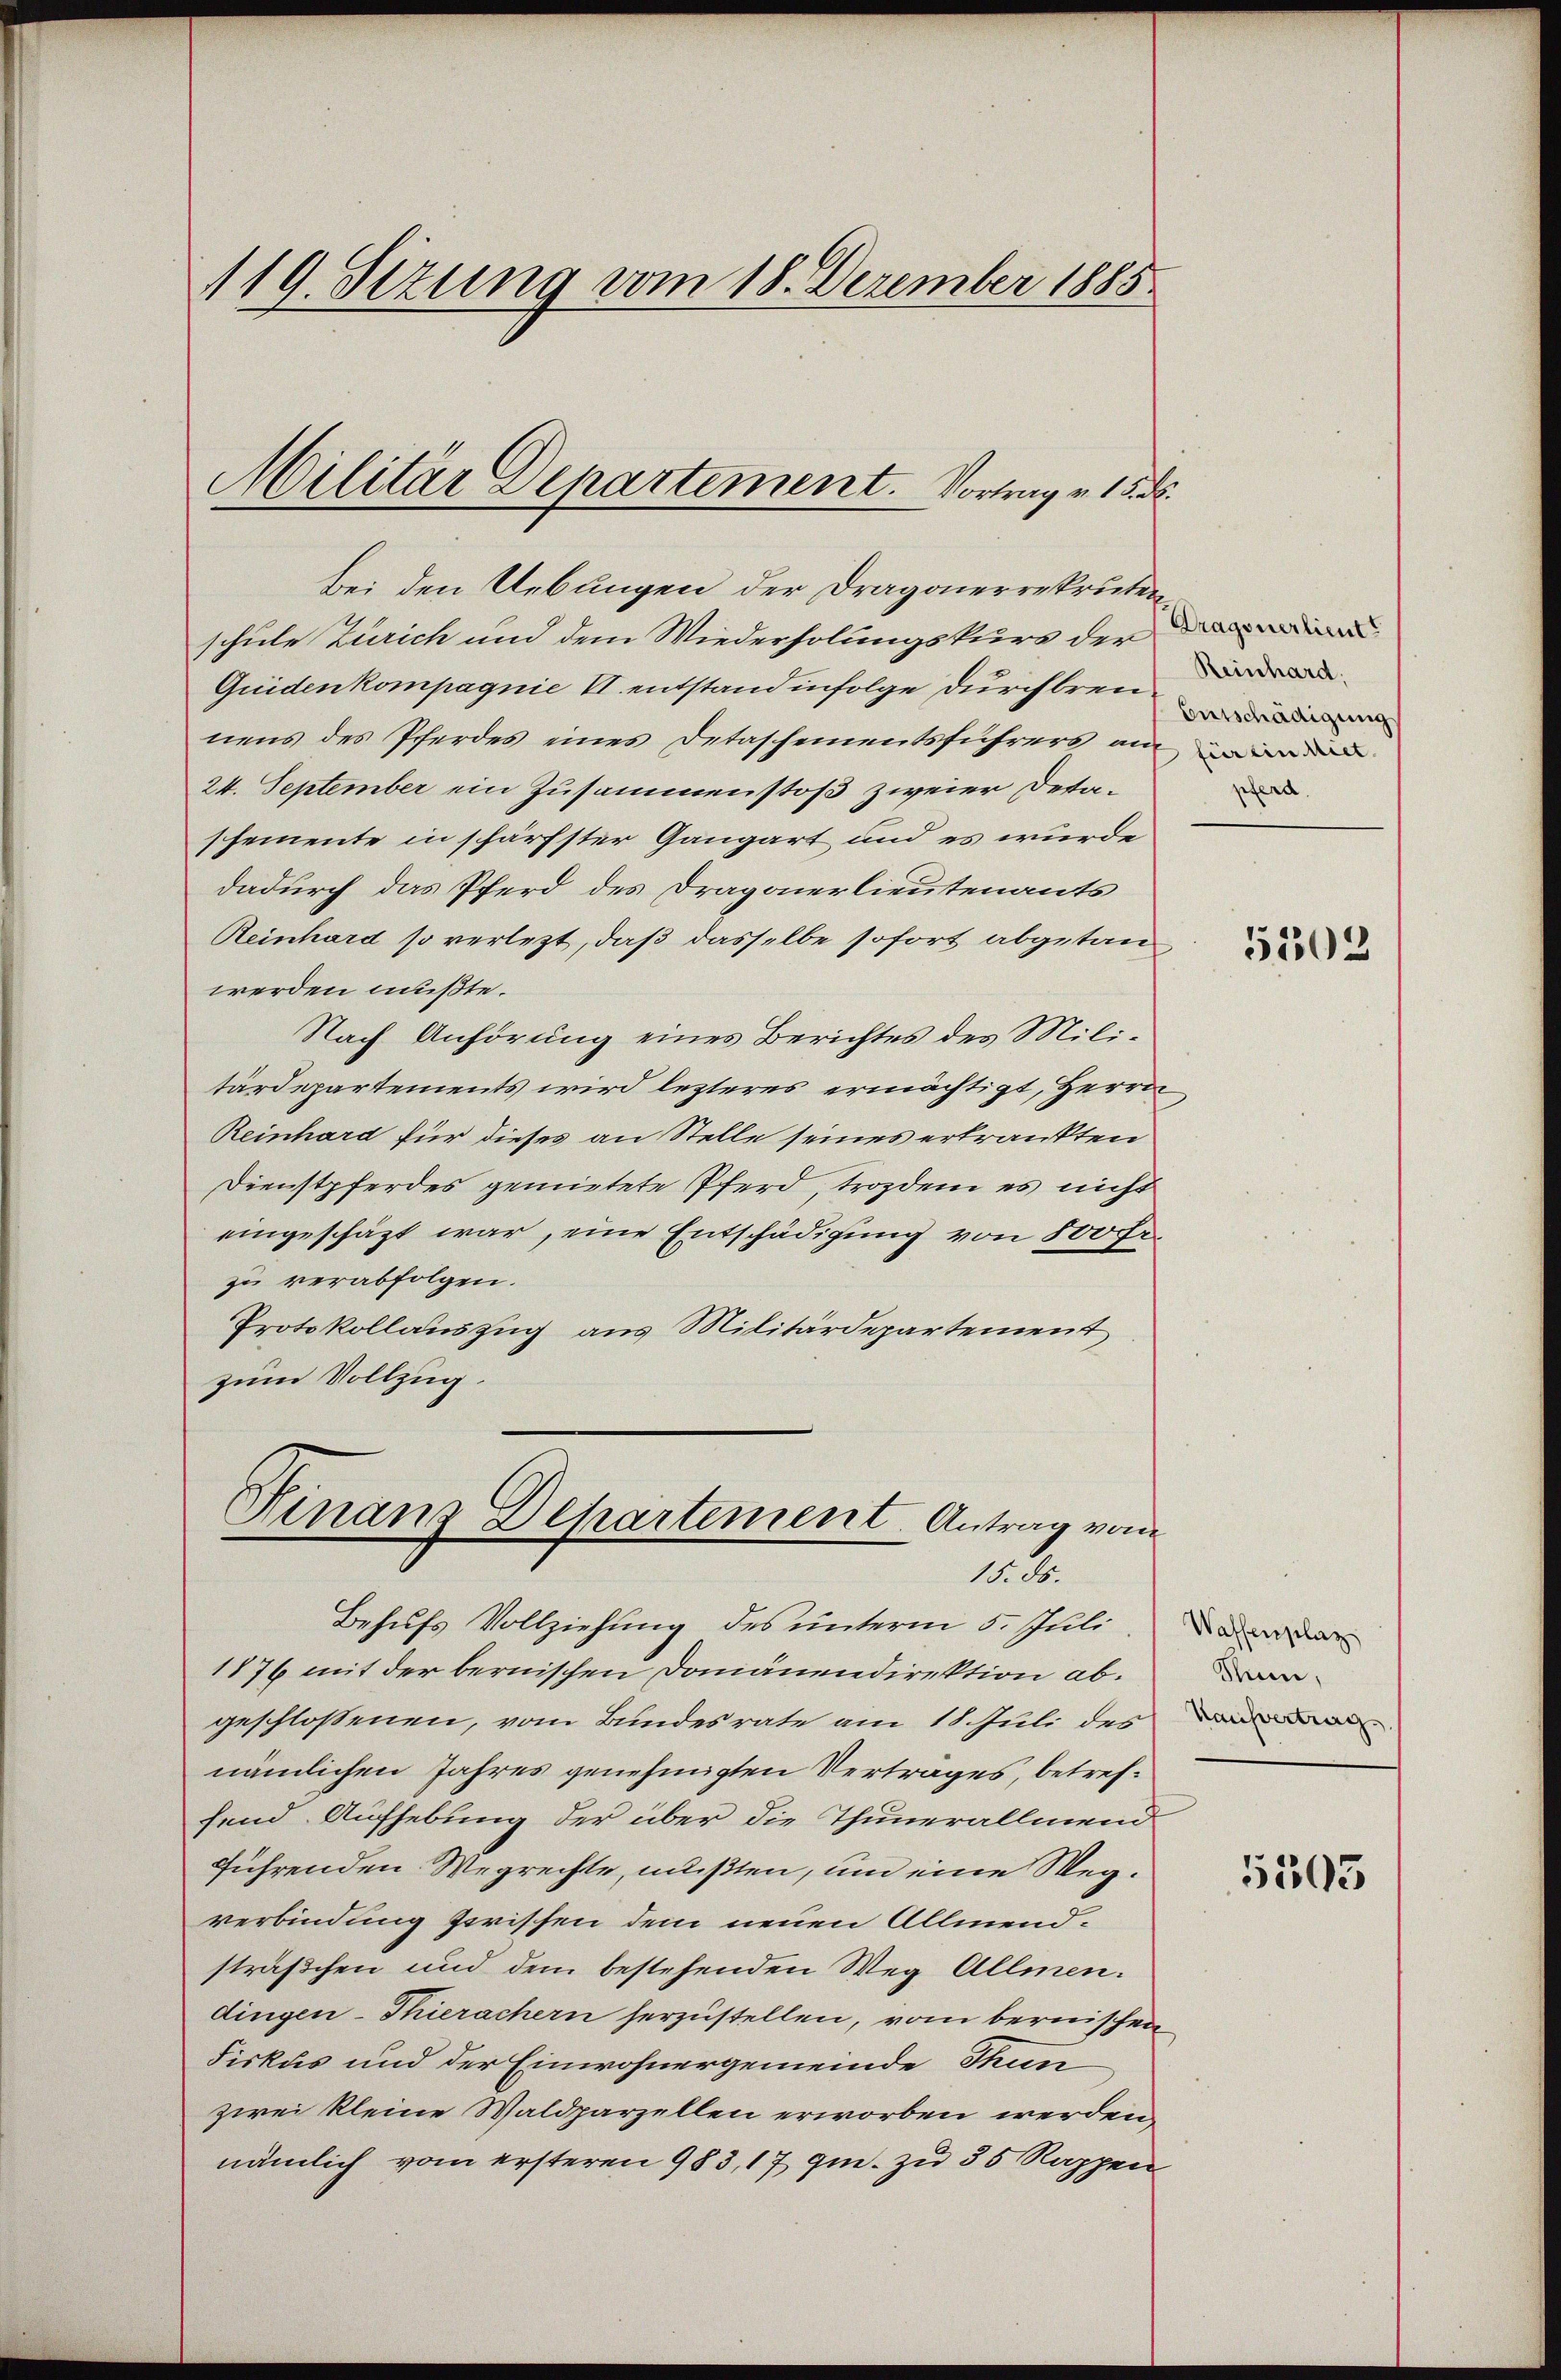
119. Sizung vom 18. Dezember 1885.

Militär Departement. Vortrag v. 15. d.

Finanz Departement. Antrag vom
15. ds.

Bei den Uebungen der Dragonerrekruten
schule Zürich und dem Wiederholungskurs der
Quiden kompagnie II entstand infolge durchbren
nens des Pferdes eines Detaschementsführers amen
24. September ein Zusammenstoß zweier Detashemente in schärfster Gangart und es wurde
dadurch das Pferd des Dragonerlieutenants
Reinhard so verletzt, daß dasselbe sofort abgetauwerden mußte.
Nach Anhörung eines Berichtes des Militärdepartements wird lezteres ermächtigt, Herrn
Reinhard für dieses an Stelle seines erkrankten
Dienstpferdes gemietete Pferd, trozdem es nicht
eingeschäft war, eine Entschädigung von 500 fr.
zu verabfolgen.
Protokollauszug aus Militärdepartement
zum Vollzug.

Dragonerlieut.
Reinhard:
Entschädigung
piert

Behufs Vollziehung des unterm 5. Juli, da der
1876 mit der bernischen Domänendirektion ab.
geschloßenen, vom Bundesrate am 11. Juli des na
nämlichen Jahres genehmigten Vertrages, betreffend Aufhebung der über die Thunerallmein
führenden Wegrechte, mußten, um eine Wegverbindung zerischen dem neuen Allmendsträßchen und dem bestehenden Weg Allmen.
dingen - Thierachern herzustellen, vom bernischen
Fiskus und der Einwohnergemeinde Thun-
zwei kleine Waldparzellen erworben werden,
nämlich vom ersteren 983, 17 qu. zu 35 Rappen

5302

Sum,

5303